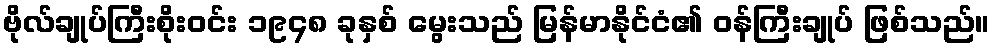
ဗိုလ်ချုပ်ကြီးစိုးဝင်း ၁၉၄၈ ခုနှစ် မွေးသည် မြန်မာနိုင်ငံ၏ ဝန်ကြီးချုပ် ဖြစ်သည်။